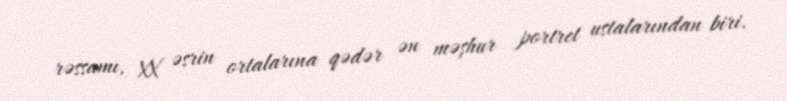
rəssamı, XX əsrin ortalarına qədər ən məşhur portret ustalarından biri.